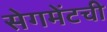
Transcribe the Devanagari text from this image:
सेगमेंटची